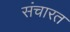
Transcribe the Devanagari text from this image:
संचारत